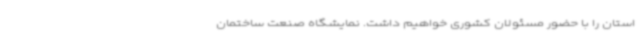
استان را با حضور مسئولان کشوری خواهیم داشت. نمایشگاه صنعت ساختمان